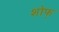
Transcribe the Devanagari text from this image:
शोफ्